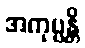
အကုပ္ပန္တိ